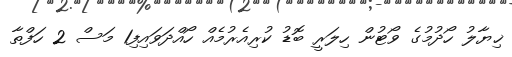
ޚިޔާލު ހޯދުމުގެ ވޯޓުން ހިލަރީ ބޮޑު ކުރިއެރުމެއް ހޯއްދަވައިފި1 މަސް 2 ހަފްތާ